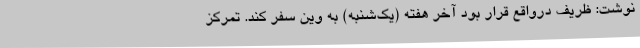
نوشت: ظریف درواقع قرار بود آخر هفته (یک‌شنبه) به وین سفر کند. تمرکز